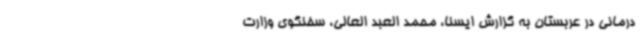
درمانی در عربستان به گزارش ایسنا، محمد العبد العالی، سخنگوی وزارت